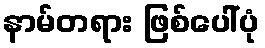
နာမ်တရား ဖြစ်ပေါ်ပုံ